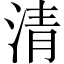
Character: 清